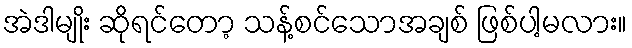
အဲဒါမျိုး ဆိုရင်တော့ သန့်စင်သောအချစ် ဖြစ်ပါ့မလား။